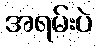
အရမ်းပဲ